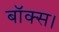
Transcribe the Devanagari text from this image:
बॉक्स।